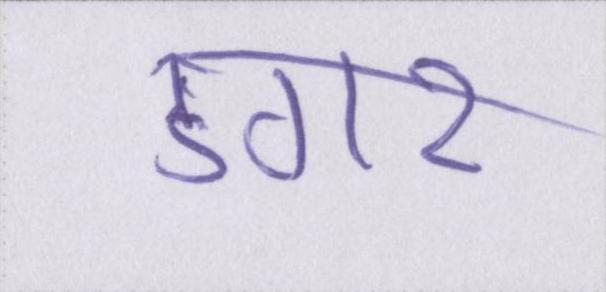
डगर